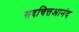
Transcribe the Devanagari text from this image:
सदचित्तआनंद